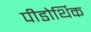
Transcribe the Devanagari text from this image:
पीडोर्थिक